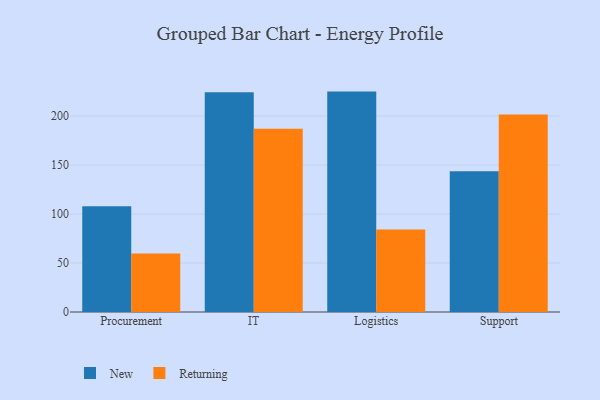
{"axis": {"x": "Department", "y": "Demand Index"}, "legend": ["New", "Returning"], "data": [{"x": "Procurement", "y": 107.9, "type": "New"}, {"x": "Procurement", "y": 59.7, "type": "Returning"}, {"x": "IT", "y": 224.3, "type": "New"}, {"x": "IT", "y": 187.1, "type": "Returning"}, {"x": "Logistics", "y": 225.0, "type": "New"}, {"x": "Logistics", "y": 84.3, "type": "Returning"}, {"x": "Support", "y": 143.7, "type": "New"}, {"x": "Support", "y": 201.5, "type": "Returning"}]}